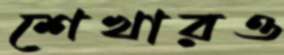
শেখারও